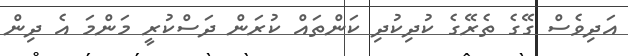
އަދިވެސް ގޭގެ ތެރޭގެ ކުދިކުދި ކަންތައް ކުރަން ދަސްކުރީ މަންމަ އެ ދިން